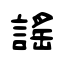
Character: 謠